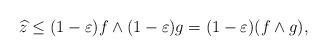
LaTeX: \begin{align*}\widehat{z}\leq (1-\varepsilon)f\wedge (1-\varepsilon)g=(1-\varepsilon)(f\wedge g),\end{align*}